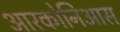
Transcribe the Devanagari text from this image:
आरकोनिआस